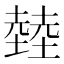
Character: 龳